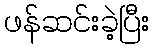
ဖန်ဆင်းခဲ့ပြီး